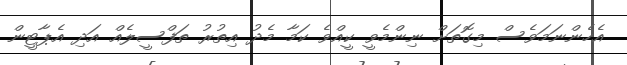
އެހެންނަމަވެސް މިގޮތަށް ނިންމެވީ ކީއްވެ ކަމާ މެދު އިތުރު ތަފްސީލެއް އަދި އެޕާޓީން